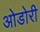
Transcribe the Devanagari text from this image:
ओडोरी